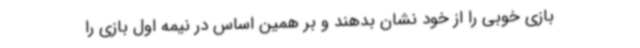
بازی خوبی را از خود نشان بدهند و بر همین اساس در نیمه اول بازی را